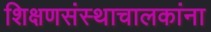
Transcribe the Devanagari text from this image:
शिक्षणसंस्थाचालकांना